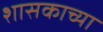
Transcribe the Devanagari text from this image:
शासकाच्या